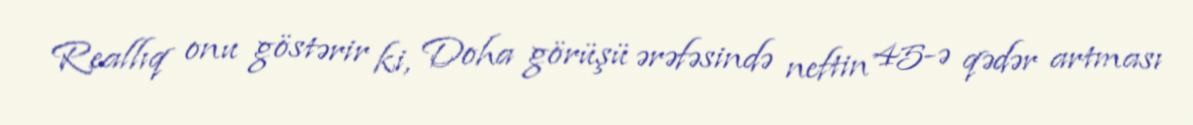
Reallıq onu göstərir ki, Doha görüşü ərəfəsində neftin 45-ə qədər artması